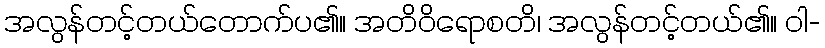
အလွန်တင့်တယ်တောက်ပ၏။ အတိဝိရောစတိ၊ အလွန်တင့်တယ်၏။ ဝါ-